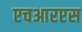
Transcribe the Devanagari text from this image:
एचआरएस